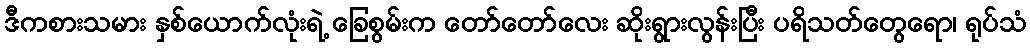
ဒီကစားသမား နှစ်ယောက်လုံးရဲ့ ခြေစွမ်းက တော်တော်လေး ဆိုးရွားလွန်းပြီး ပရိသတ်တွေရော၊ ရုပ်သံ